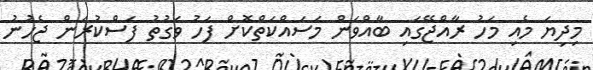
މިދިޔަ މެއި މަހު ރާއްޖޭގައި ބާއްވަން މަސައްކަތްކޮށް ފަހު ވަގުތު ފަސްކުރަން ޖެހުނު